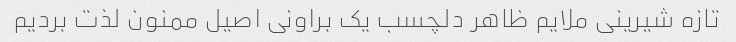
تازه شیرینی ملایم ظاهر دلچسب یک براونی اصیل ممنون لذت بردیم